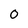
Character: 0